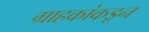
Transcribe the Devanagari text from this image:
ग्राहकांकडून